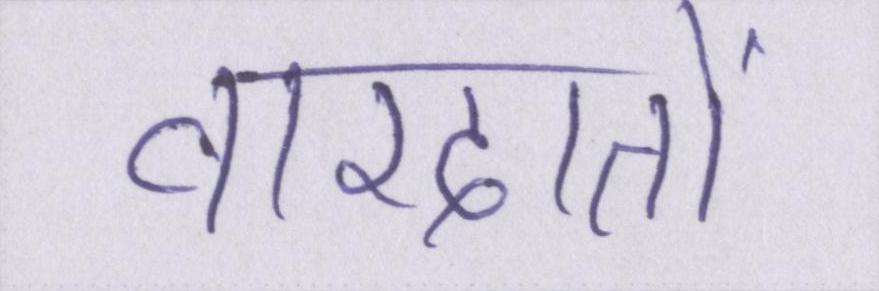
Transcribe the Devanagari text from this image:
वारदातों